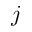
j